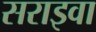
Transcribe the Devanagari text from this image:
सराइवा